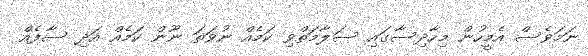
ނަމަވެސް އެމީހުން މިހާދިސާގައި ސަލާމަތްވި ކަމެއް ނުވަތަ ނޫން ކަމެއް އަދި ސާފެއް